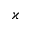
\varkappa